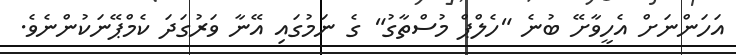
އަހަންނަށް އެހީވާށޭ ބުނެ "ހެލްޕް މުސްތާގު" ގެ ނަމުގައި އޭނާ ވަރުގަދަ ކެމްޕޭނަކުންނެވެ.